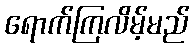
ရောက်ကြလိမ့်မည်